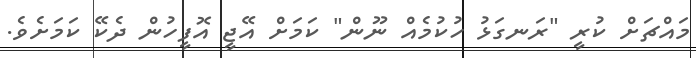
މައްޗަށް ކުރީ "ރަނގަޅު ހުކުމެއް ނޫން" ކަމަށް އޭޖީ އޮފީހުން ދެކޭ ކަމަށެވެ.